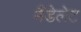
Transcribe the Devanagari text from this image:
मैंडेलेट